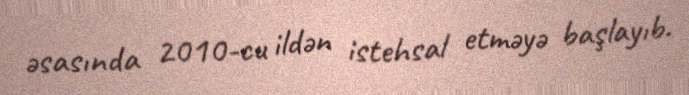
əsasında 2010-cu ildən istehsal etməyə başlayıb.